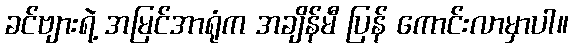
ခင်ဗျားရဲ့ အမြင်အာရုံက အချိန်မီ ပြန် ကောင်းလာမှာပါ။